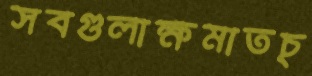
সবগুলাক্ষমাতচ্